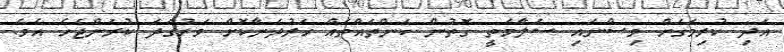
އަދި ކުރިމަގަށް ވިސްނައި ސަލާމަތީ ގޮތުން ކަންތައްތައް ހަރުދަނާކޮށް ވަރުގަދަ ކުރަންޖެހެ އެވެ.